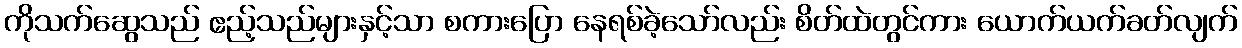
ကိုသက်ဆွေသည် ဧည့်သည်များနှင့်သာ စကားပြော နေရစ်ခဲ့သော်လည်း စိတ်ထဲတွင်ကား ယောက်ယက်ခတ်လျက်